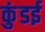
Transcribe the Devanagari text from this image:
कुंडई